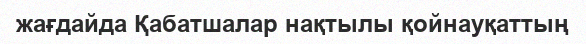
жағдайда Қабатшалар нақтылы қойнауқаттың